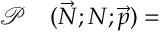
\begin{array} { r l } { \mathcal { P } } & { { } ( \vec { N } ; N ; \vec { p } ) = } \end{array}